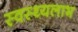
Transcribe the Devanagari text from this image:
स्वस्थ्यलाभ